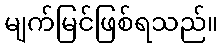
မျက်မြင်ဖြစ်ရသည်။